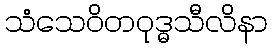
သံသေဝိတဝုဒ္ဓသီလိနာ